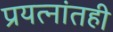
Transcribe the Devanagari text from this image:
प्रयत्‍नांतही